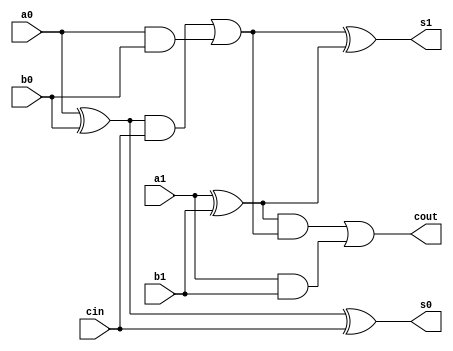
module cla(input  wire a0, a1, b0, b1, cin,
           output wire s0, s1, cout);

    parameter delay = 0.05;

    wire p1, g1, p0, g0, c1, temp0, temp1;
    xor #(delay) cla_gate0 (p1, a1, b1);
    and #(delay) cla_gate1 (g1, a1, b1);

    xor #(delay) cla_gate2 (p0, a0, b0);
    and #(delay) cla_gate3 (g0, a0, b0);

    xor #(delay) cla_gate4 (s0, p0, cin);

    and #(delay) cla_gate5 (temp0, p0, cin);
    or  #(delay) cla_gate6 (c1, temp0, g0);
    xor #(delay) cla_gate7 (s1, c1, p1);

    and #(delay) cla_gate8 (temp1, p1, c1);
    or  #(delay) cla_gate9 (cout, temp1, g1);

endmodule